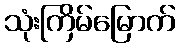
သုံးကြိမ်မြောက်